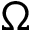
\Omega